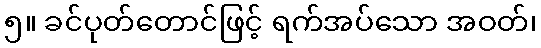
၅။ ခင်ပုတ်တောင်ဖြင့် ရက်အပ်သော အဝတ်၊